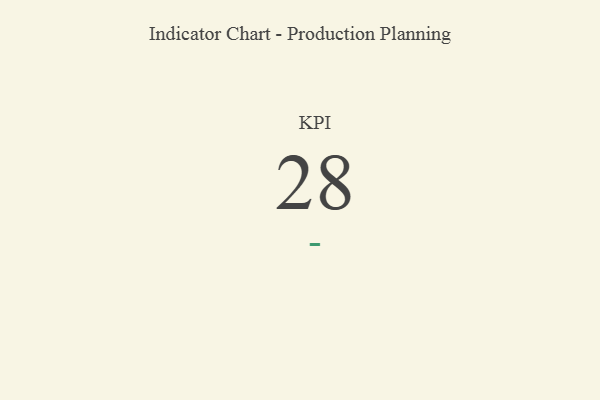
{"axis": {"x": "KPI", "y": "Value"}, "legend": [""], "data": [{"x": "KPI", "y": 28, "type": ""}]}